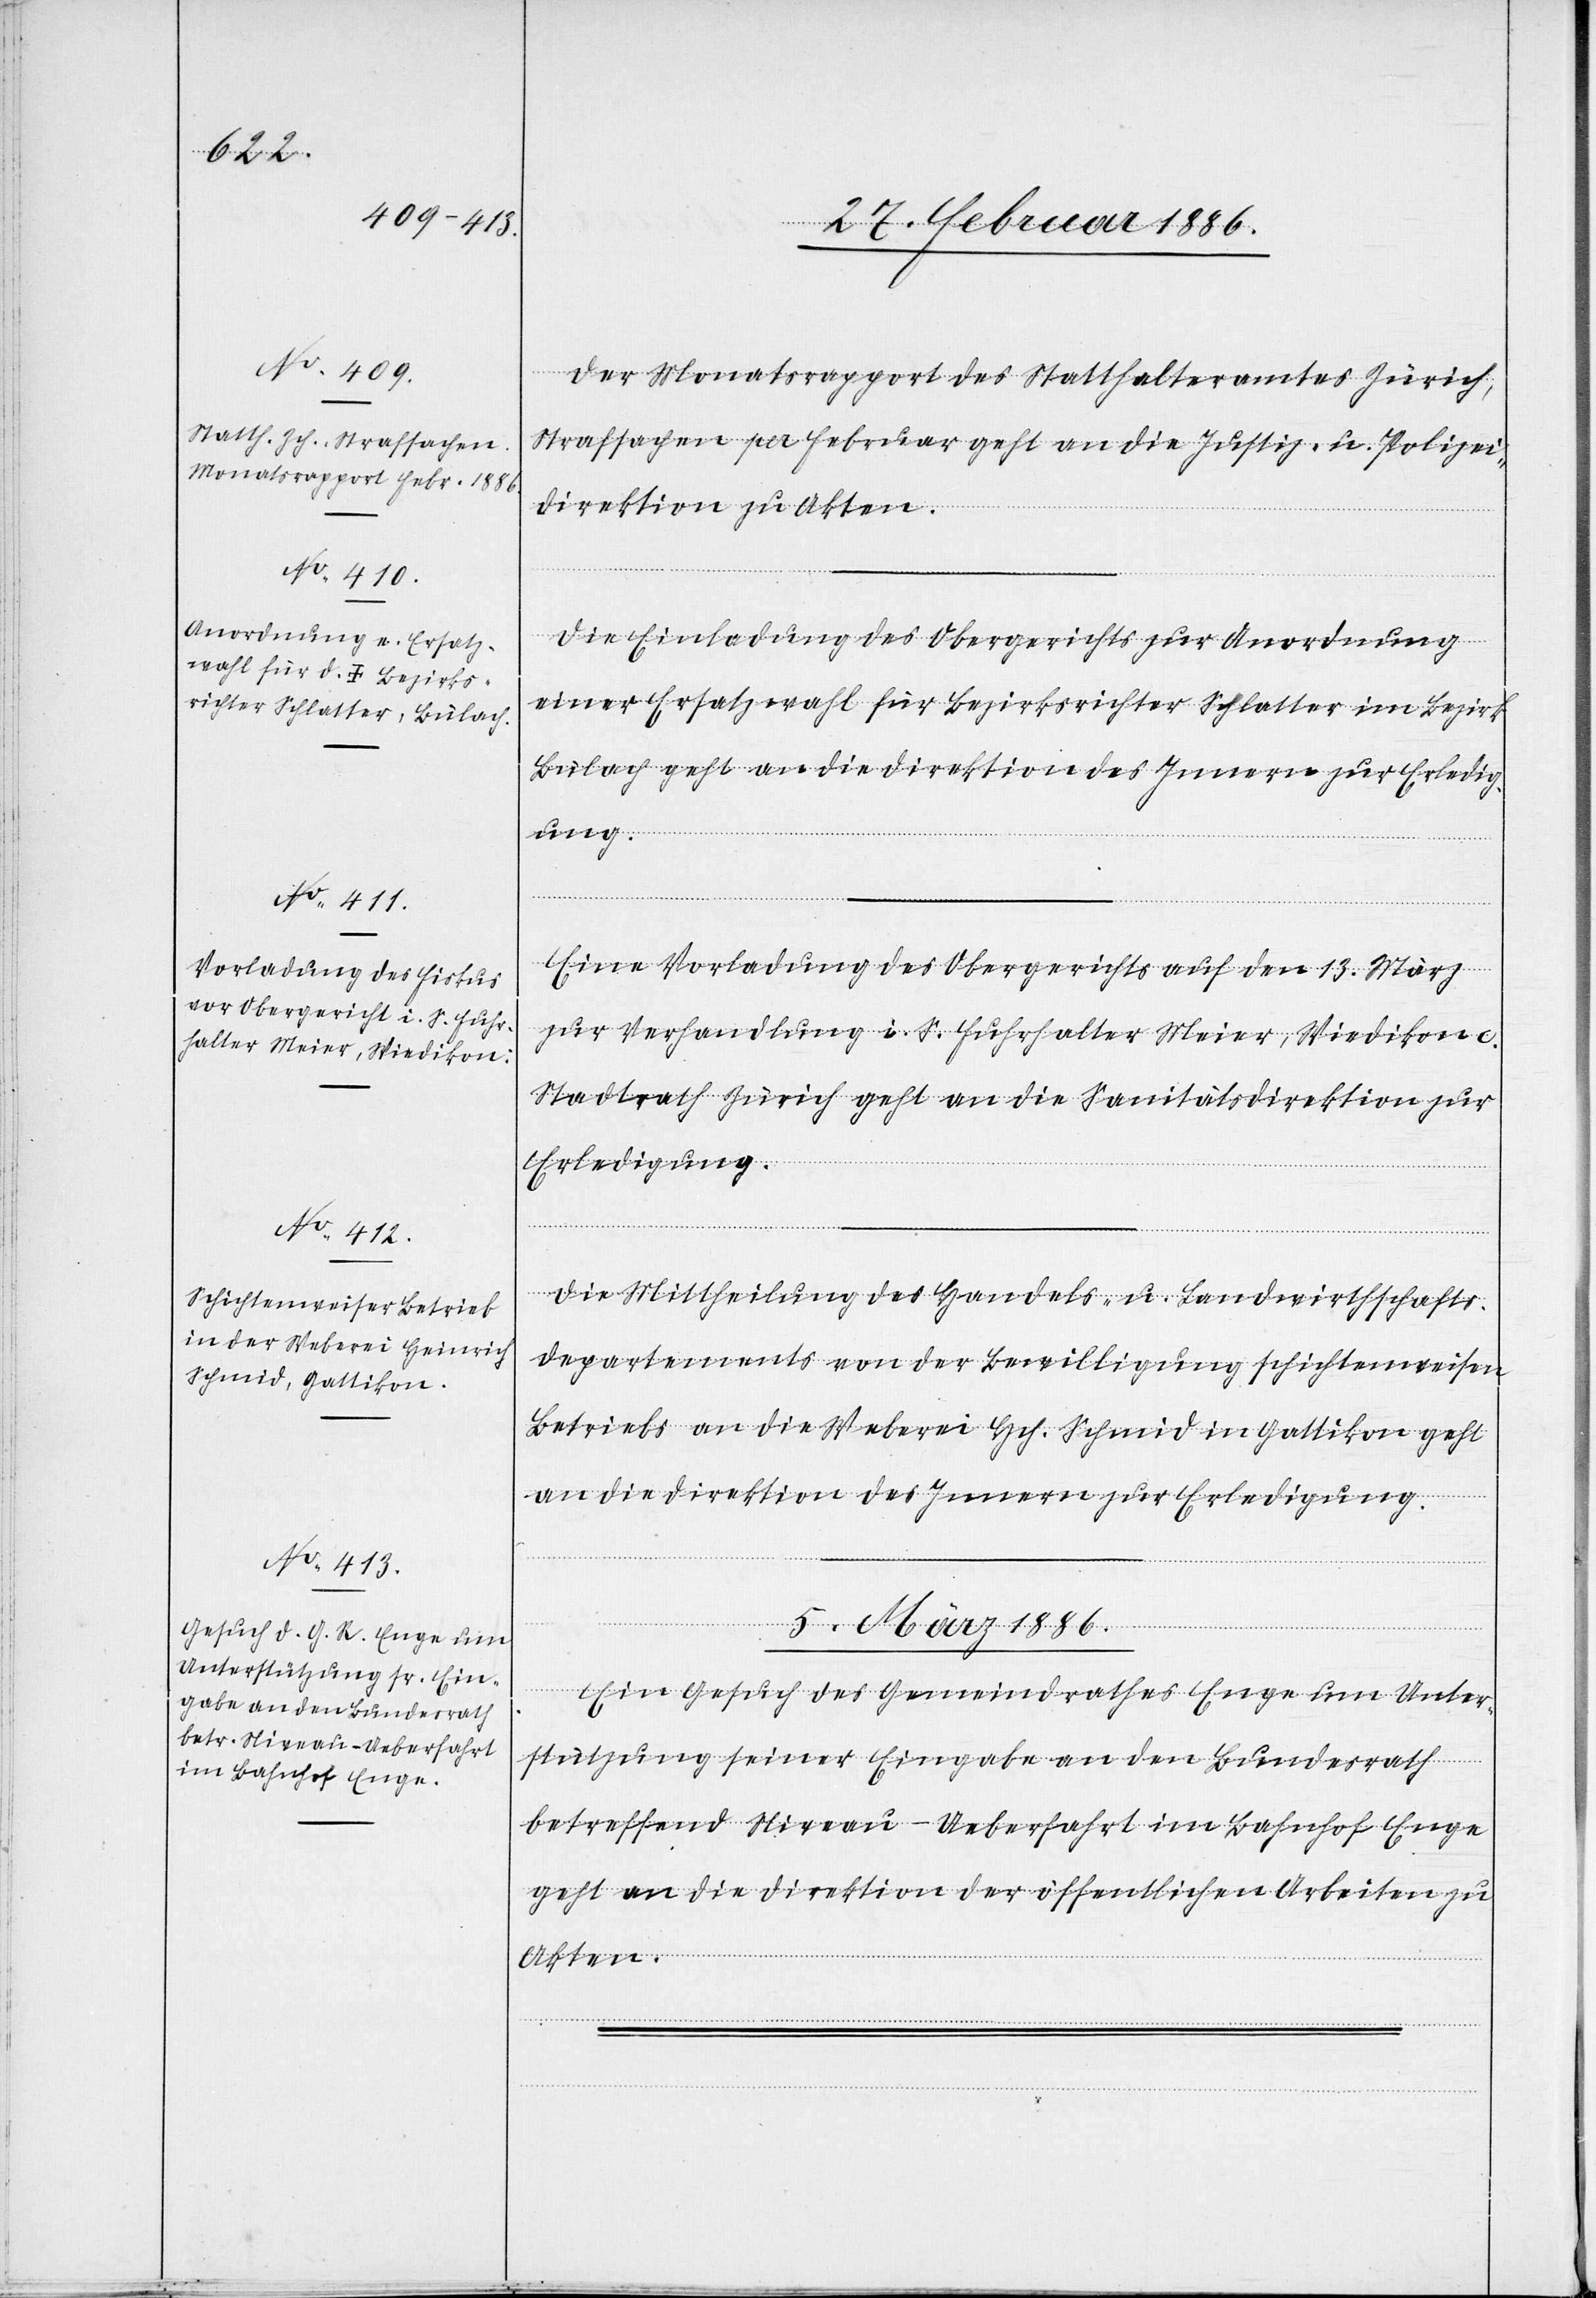
Der Monatsrapport des Statthalteramtes Zürich,
Strafsachen per Februar geht an die Justiz- u. Polizei¬
direktion zu Akten.
Die Einladung des Obergerichtes zur Anordnung
einer Ersatzwahl für Bezirksrichter Schlatter im Bezirk
Bülach geht an die Direktion des Innern zur Erledig¬
ung.
[Circular-Beschluss.
Eine Vorladung des Obergerichtes auf den 13. März
zur Verhandlung i. S. Fuhrhalter Meier, Wiedikon c.
Stadtrath Zürich geht an die Sanitätsdirektion zur
Erledigung.
Die Mittheilung des Handels- u. Landwirthschafts¬
departements von der Bewilligung schichtenweisen
Betriebs an die Weberei Hch. Schmid in Gattikon geht
an die Direktion des Innern zur Erledigung.
5. März 1886.
Ein Gesuch des Gemeindrathes Enge um Unter¬
stützung seiner Eingabe an den Bundesrath
betreffend Niveau-Ueberfahrt im Bahnhof Enge
geht an die Direktion der öffentlichen Arbeiten zu
Akten.